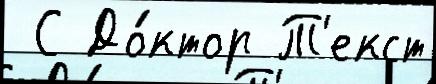
 С До́ктор Т'екст